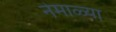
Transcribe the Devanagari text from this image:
नेमाळ्या